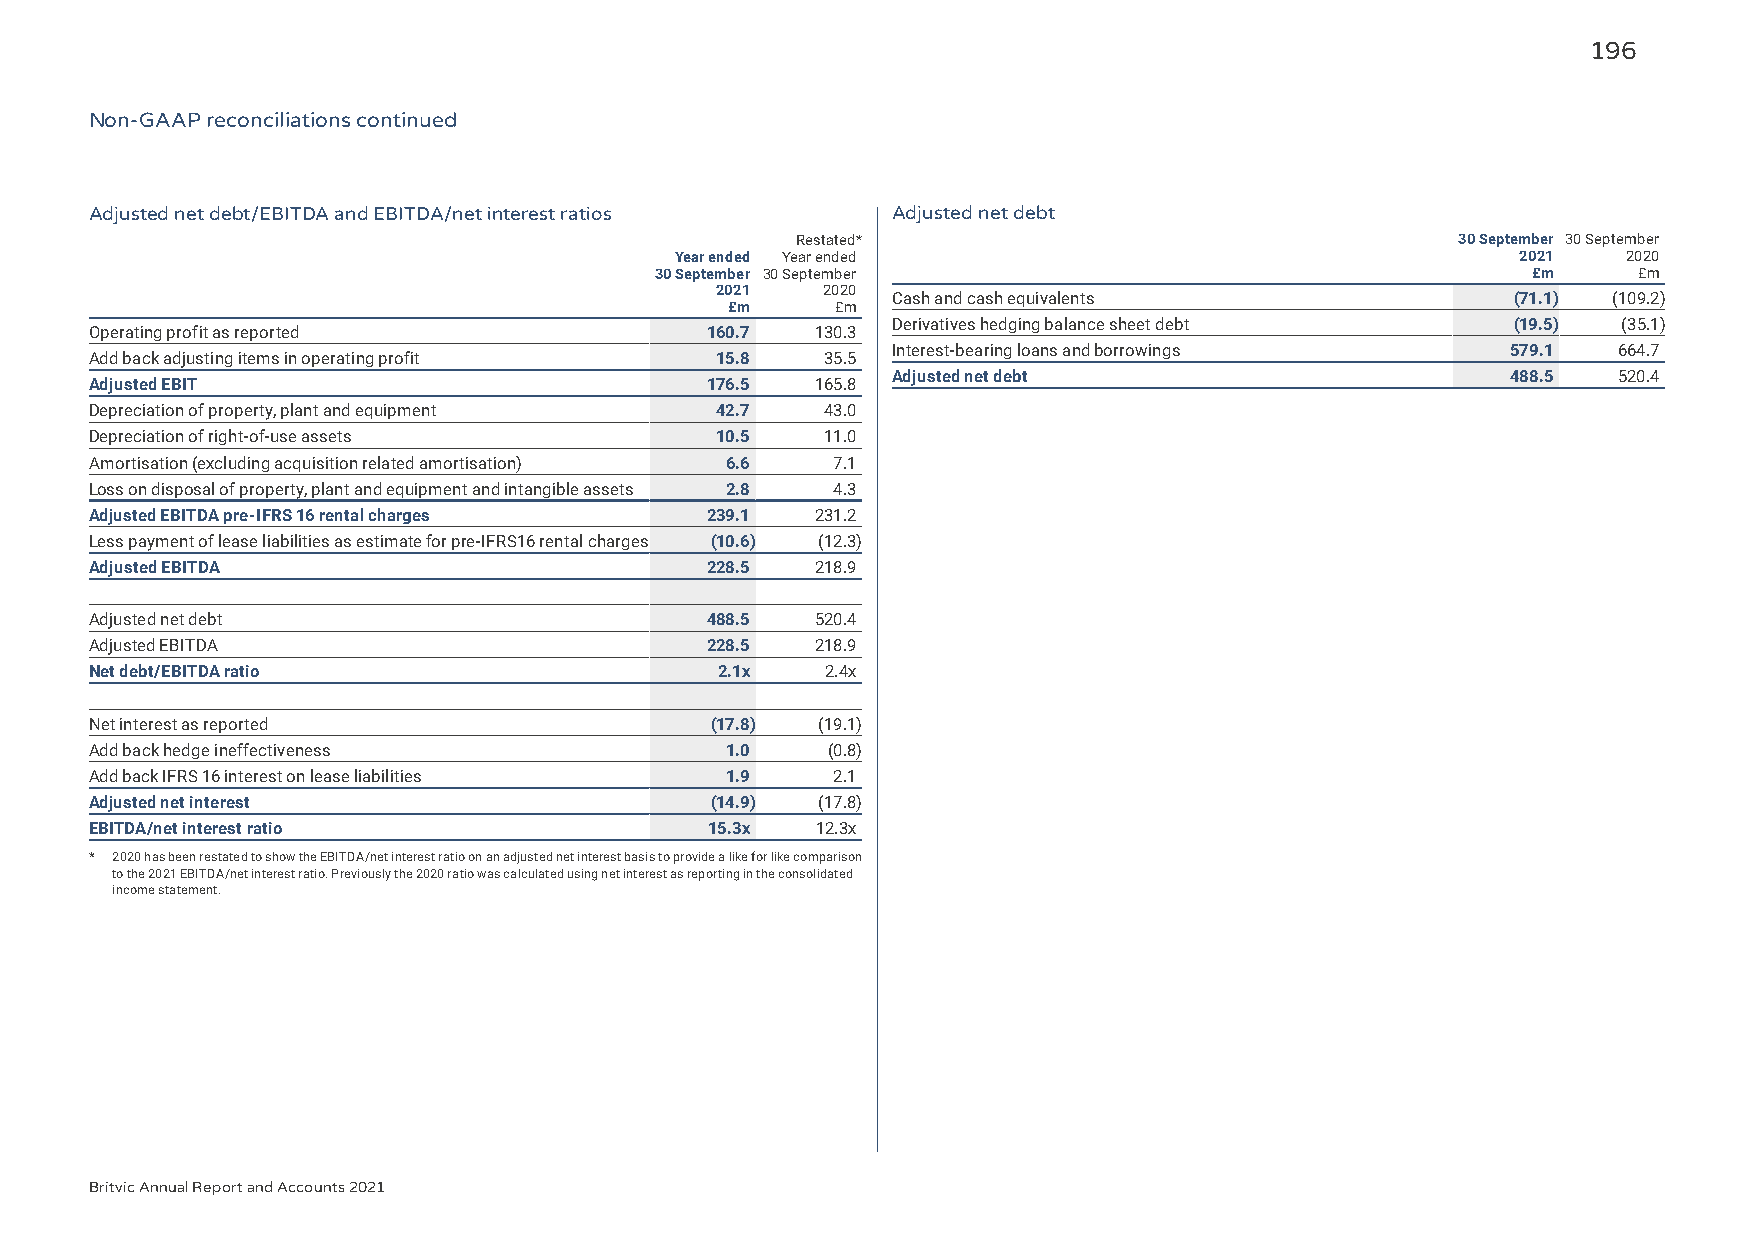
196
 Non-GAAP reconciliations continued
 Adjusted net debt/EBITDA and EBITDA/net interest ratios Adjusted net debt
 Restated*                                   30 September 30 September
 Year ended Year ended                                   2021   2020
 30 September 30 September                                 £m     £m
 2021   2020
 Cash and cash equivalents                (71.1) (109.2)
 £m     £m
 Derivatives hedging balance sheet debt   (19.5) (35.1)
 Operating profit as reported             160.7  130.3
 Interest-bearing loans and borrowings    579.1  664.7
 Add back adjusting items in operating profit 15.8 35.5
 Adjusted net debt                        488.5  520.4
 Adjusted EBIT                            176.5  165.8
 Depreciation of property, plant and equipment 42.7 43.0
 Depreciation of right-of-use assets      10.5    11.0
 Amortisation (excluding acquisition related amortisation) 6.6 7.1
 Loss on disposal of property, plant and equipment and intangible assets 2.8 4.3
 Adjusted EBITDA pre-IFRS 16 rental charges 239.1 231.2
 Less payment of lease liabilities as estimate for pre-IFRS16 rental charges (10.6) (12.3)
 Adjusted EBITDA                          228.5  218.9
 Adjusted net debt                        488.5  520.4
 Adjusted EBITDA                          228.5  218.9
 Net debt/EBITDA ratio                     2.1x   2.4x
 Net interest as reported                 (17.8) (19.1)
 Add back hedge ineffectiveness            1.0    (0.8)
 Add back IFRS 16 interest on lease liabilities 1.9 2.1
 Adjusted net interest                    (14.9) (17.8)
 EBITDA/net interest ratio                15.3x  12.3x
 * 2020 has been restated to show the EBITDA/net interest ratio on an adjusted net interest basis to provide a like for like comparison
 to the 2021 EBITDA/net interest ratio. Previously the 2020 ratio was calculated using net interest as reporting in the consolidated
 income statement.
 Britvic Annual Report and Accounts 2021